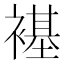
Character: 𫌊